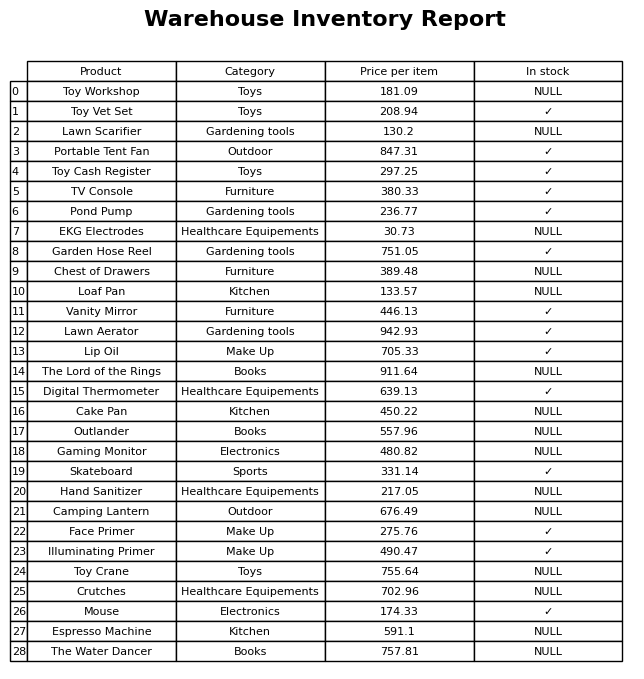
question: What is the price for Espresso Machine?
answer: The price of Espresso Machine is 591.1.